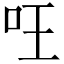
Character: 㕵